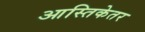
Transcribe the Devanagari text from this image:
आस्तिकेतर